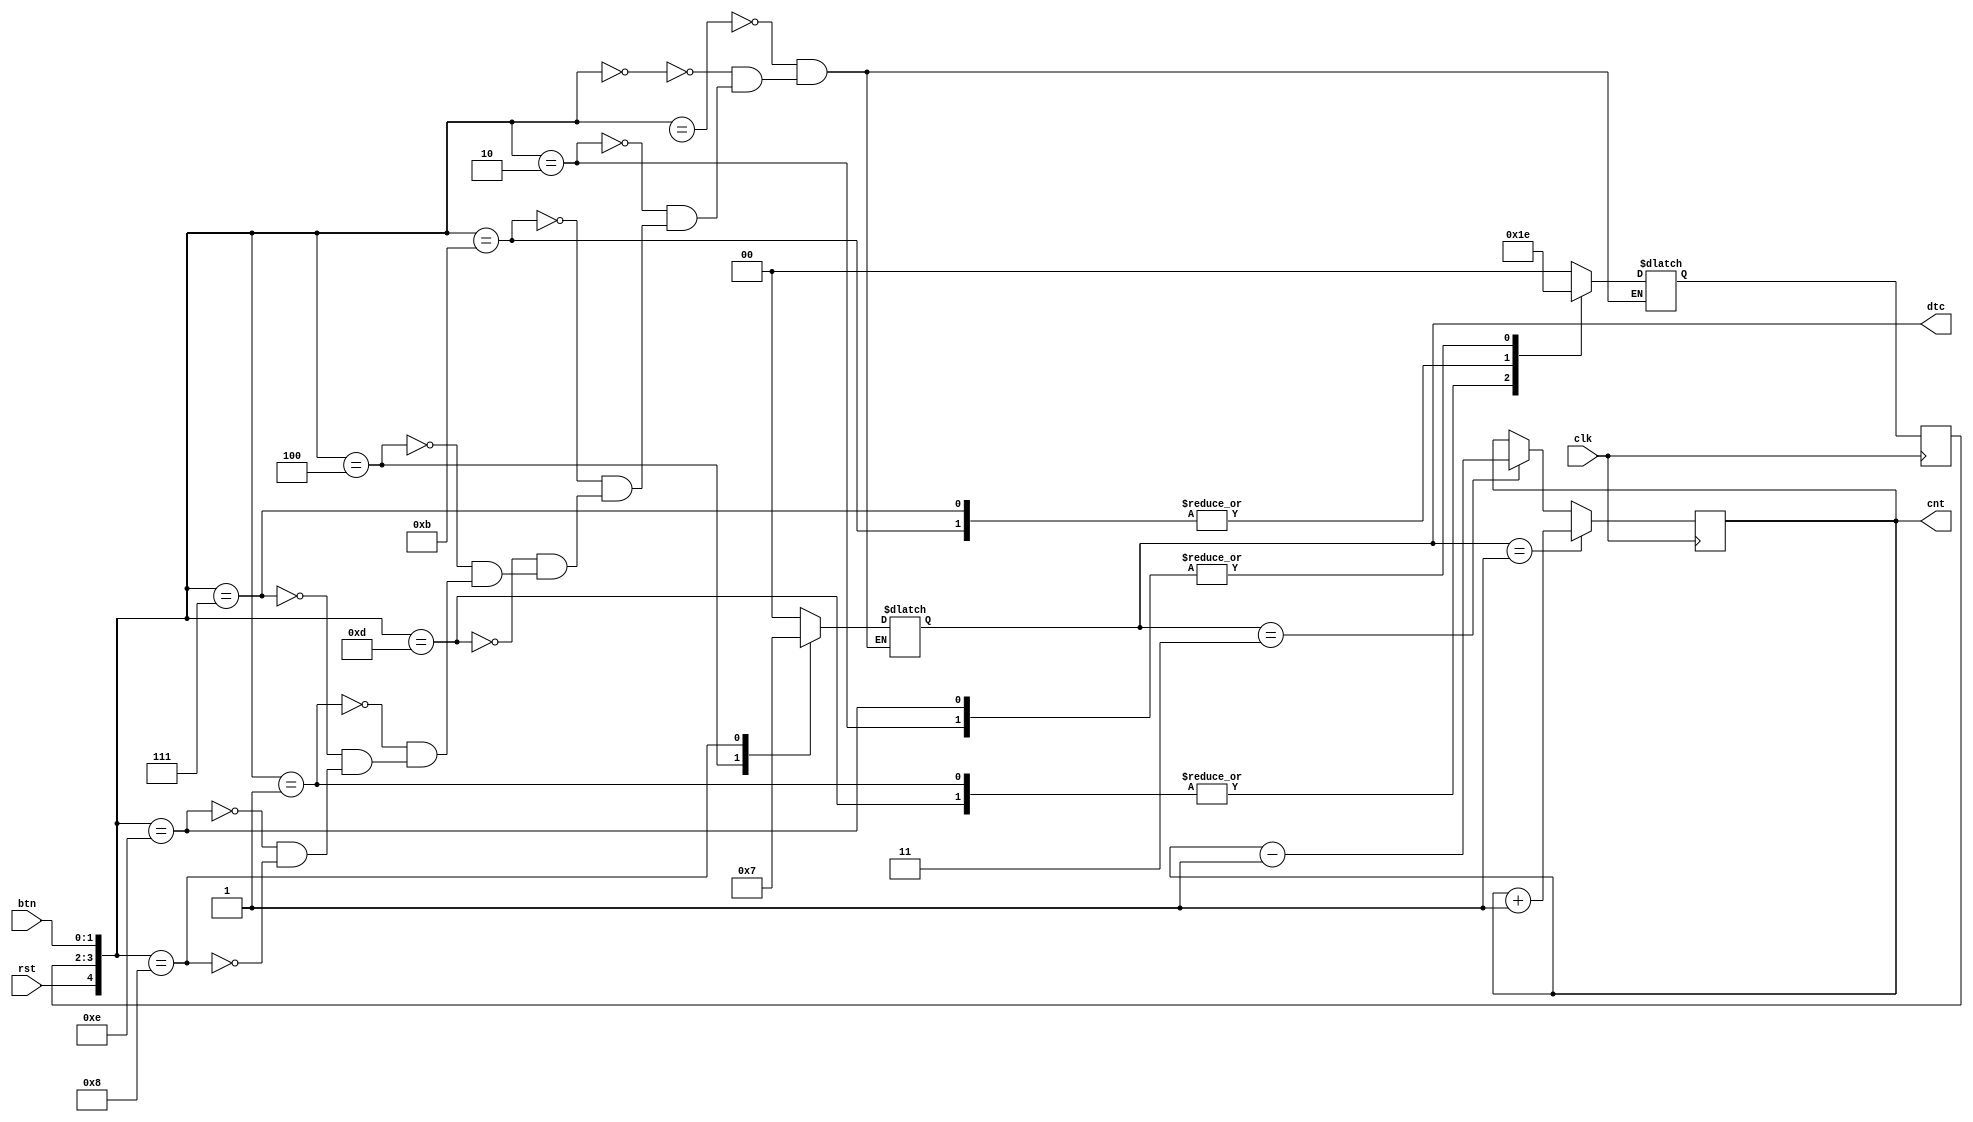
`timescale 1ns / 1ps
//////////////////////////////////////////////////////////////////////////////////
// Company: 
// Engineer: 
// 
// Design Name: 
// Module Name:    parking_lot 
// Project Name: 
// Target Devices: 
// Tool versions: 
// Description: 
//
// Dependencies: 
//
// Revision: 
// Revision 0.01 - File Created
// Additional Comments: 
//
//////////////////////////////////////////////////////////////////////////////////
module parking_lot(clk,rst,btn,dtc,cnt);
	input clk, rst;
	input [1:0] btn;
	output reg [1:0] dtc;
	output reg [2:0] cnt; 
	
	reg [1:0] Sp;
	reg [1:0] Sn;
	reg [2:0] cnt_n;
	
	always@ (posedge clk) begin
		
		Sp <= Sn;
		cnt <= cnt_n;
		
	end
	
	always @(*) begin
	
		case({rst,Sp,btn}) 
		
		5'b1xxxx :{Sn,dtc} = 4'b0000;
		
		5'b00000 : {Sn,dtc} = 4'b0000;
		5'b00010 : {Sn,dtc} = 4'b1000;
		5'b01011 : {Sn,dtc} = 4'b1100;
		5'b01101 : {Sn,dtc} = 4'b0100;
		5'b00100 : {Sn,dtc} = 4'b0001;
		
		
		5'b00001 : {Sn,dtc} = 4'b0100;
		5'b00111 : {Sn,dtc} = 4'b1100;
		5'b01110 : {Sn,dtc} = 4'b1000;
		5'b01000 : {Sn,dtc} = 4'b0011;
		

		endcase
	end
	
	always @ * begin
		
		if(dtc == 2'b01)
		 cnt_n = cnt + 3'b1;
		else if (dtc == 2'b11)
		cnt_n = cnt - 3'b1;
		else 
		cnt_n=cnt;
	end
endmodule